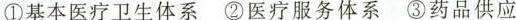
①基本医疗卫生体系②医疗服务体系③药品供应